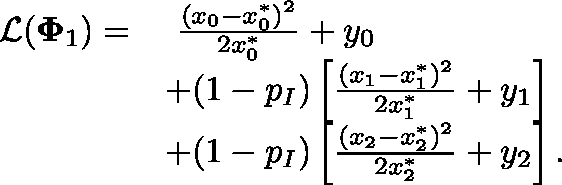
\begin{array} { r l } { \mathcal { L } ( \mathbf { \Phi } _ { 1 } ) = } & { ~ \frac { ( x _ { 0 } - x _ { 0 } ^ { * } ) ^ { 2 } } { 2 x _ { 0 } ^ { * } } + y _ { 0 } } \\ & { + ( 1 - p _ { I } ) \left[ \frac { ( x _ { 1 } - x _ { 1 } ^ { * } ) ^ { 2 } } { 2 x _ { 1 } ^ { * } } + y _ { 1 } \right] } \\ & { + ( 1 - p _ { I } ) \left[ \frac { ( x _ { 2 } - x _ { 2 } ^ { * } ) ^ { 2 } } { 2 x _ { 2 } ^ { * } } + y _ { 2 } \right] . } \end{array}